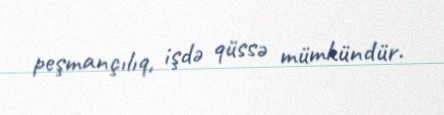
peşmançılıq, işdə qüssə mümkündür.